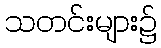
သတင်းများ၌